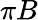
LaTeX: \pi B